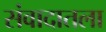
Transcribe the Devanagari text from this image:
संवादातला